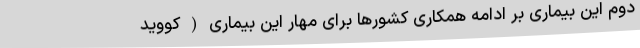
دوم این بیماری بر ادامه همکاری کشورها برای مهار این بیماری ( کووید